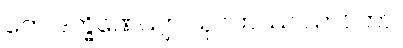
တေ ဒက္ခိဏေယျာ သုဂတဿ သာဝကာ၊